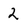
Character: 2